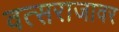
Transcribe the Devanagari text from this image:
वत्सराजावर